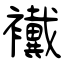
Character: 襶